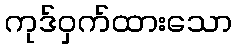
ကုဒ်ဝှက်ထားသော